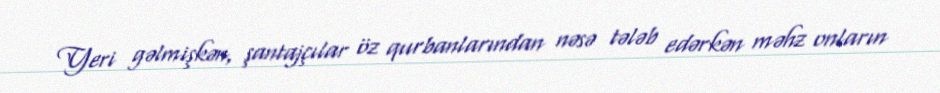
Yeri gəlmişkən, şantajçılar öz qurbanlarından nəsə tələb edərkən məhz onların